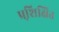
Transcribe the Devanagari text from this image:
प्रशि़क्षित